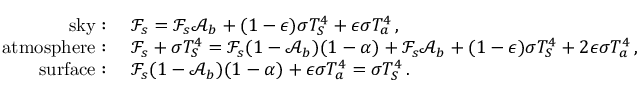
\begin{array} { r l } { \mathrm { s k y : ~ } } & { \mathcal { F } _ { s } = \mathcal { F } _ { s } \mathcal { A } _ { b } + ( 1 - \epsilon ) \sigma T _ { S } ^ { 4 } + \epsilon \sigma T _ { a } ^ { 4 } \, , } \\ { \mathrm { a t m o s p h e r e : ~ } } & { \mathcal { F } _ { s } + \sigma T _ { S } ^ { 4 } = \mathcal { F } _ { s } ( 1 - \mathcal { A } _ { b } ) ( 1 - \alpha ) + \mathcal { F } _ { s } \mathcal { A } _ { b } + ( 1 - \epsilon ) \sigma T _ { S } ^ { 4 } + 2 \epsilon \sigma T _ { a } ^ { 4 } \, , } \\ { \mathrm { s u r f a c e : ~ } } & { \mathcal { F } _ { s } ( 1 - \mathcal { A } _ { b } ) ( 1 - \alpha ) + \epsilon \sigma T _ { a } ^ { 4 } = \sigma T _ { S } ^ { 4 } \, . } \end{array}